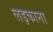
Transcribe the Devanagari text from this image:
लड़काना